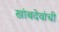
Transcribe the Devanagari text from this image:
खांबदेवांची